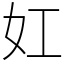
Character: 妅